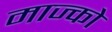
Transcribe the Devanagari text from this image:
माज्को